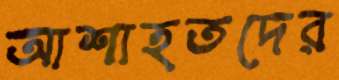
আশাহতদের